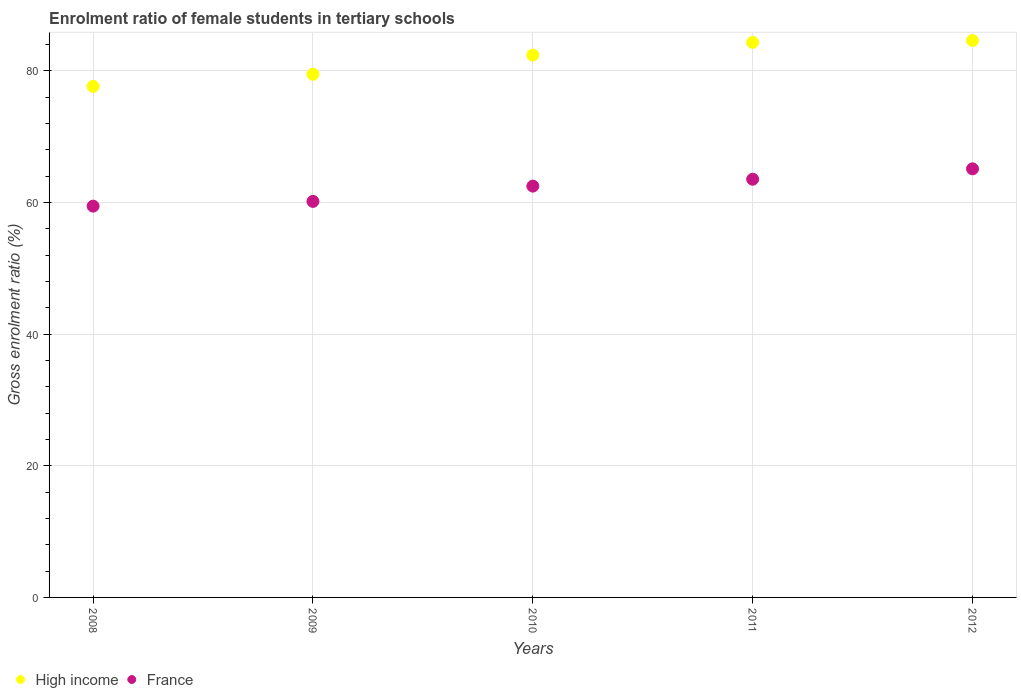
| Years | High income | France |
 | --- | --- | --- |
 | 2008 | 77.6 | 59.4 |
 | 2009 | 79.5 | 60.2 |
 | 2010 | 82.4 | 62.5 |
 | 2011 | 84.3 | 63.5 |
 | 2012 | 84.6 | 65.1 |